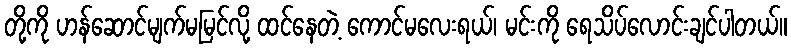
တို့ကို ဟန်ဆောင်မျက်မမြင်လို့ ထင်နေတဲ့ ကောင်မလေးရယ်၊ မင်းကို ရေသိပ်လောင်းချင်ပါတယ်။